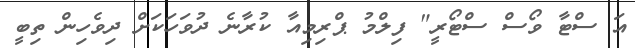
އަ ސްޓާ ވޯސް ސްޓޯރީ" ފިލްމު ޕްރިމިއާ ކުރާނެ ދުވަހަކަށް ދިވެހިން ތިބީ